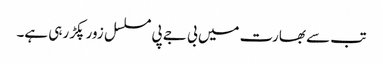
تب سے بھارت میں بی جے پی مسلسل زور پکڑ رہی ہے۔